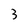
Character: 3